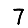
Digit: 7